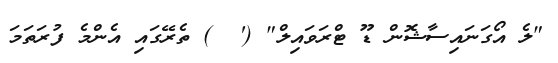
"ލެ އޯގަނައިސާޝޮން ޑޫ ޓްރަވައިލް" ('  ) ތެރޭގައި އެންމެ ފުރަތަމަ